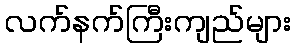
လက်နက်ကြီးကျည်များ